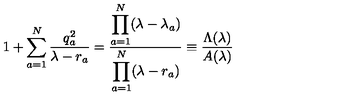
1 + \sum _ { a = 1 } ^ { N } \frac { q _ { a } ^ { 2 } } { \lambda - r _ { a } } = \frac { \displaystyle \prod _ { a = 1 } ^ { N } ( \lambda - \lambda _ { a } ) } { \displaystyle \prod _ { a = 1 } ^ { N } ( \lambda - r _ { a } ) } \equiv \frac { \Lambda ( \lambda ) } { A ( \lambda ) }